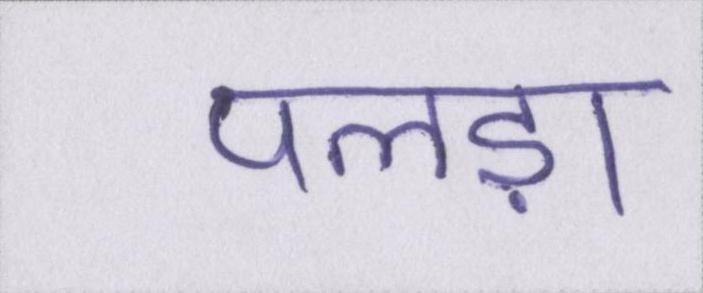
पलड़ा